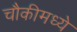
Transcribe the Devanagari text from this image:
चौकीमध्ये